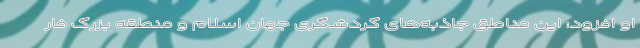
او افزود: این مناطق جاذبه‌های گردشگری جهان اسلام و منطقه بزرگ فار